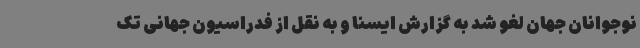
نوجوانان جهان لغو شد به گزارش ایسنا و به نقل از فدراسیون جهانی تک